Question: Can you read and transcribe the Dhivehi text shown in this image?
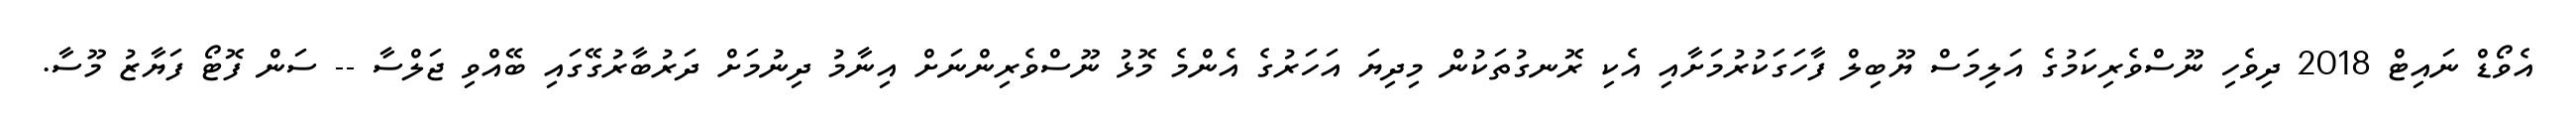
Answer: އެވޯޑް ނައިޓް 2018 ދިވެހި ނޫސްވެރިކަމުގެ އަލިމަސް ޔޫބިލް ފާހަގަކުރުމަށާއި އެކި ރޮނގުތަކުން މިދިޔަ އަހަރުގެ އެންމެ މޮޅު ނޫސްވެރިންނަށް އިނާމު ދިނުމަށް ދަރުބާރުގޭގައި ބޭއްވި ޖަލްސާ -- ސަން ފޮޓޯ ފަޔާޒު މޫސާ.